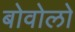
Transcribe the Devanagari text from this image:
बोवोलो